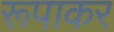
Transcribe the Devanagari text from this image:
रूपाकर